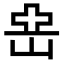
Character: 𡸭